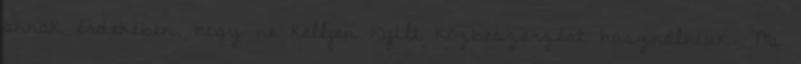
annak érdekében, hogy ne kelljen nyílt közbeszerzést használniuk. Mi